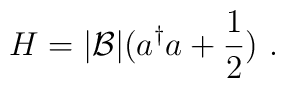
H = |{\cal B}| (a^\dagger a +\frac{1}{2})~.